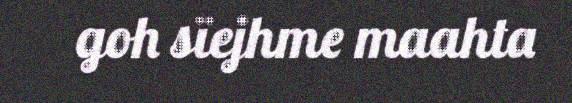
goh sïejhme maahta